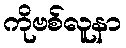
ကိုဗစ်လူနာ